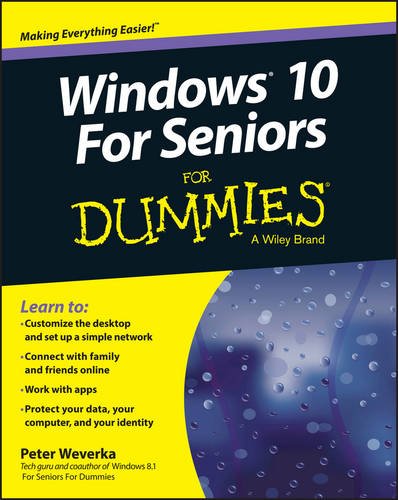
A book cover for Windows 10 For Seniors For Dummies; Peter Weverka; Computers & Technology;